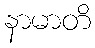
နာမာတိ